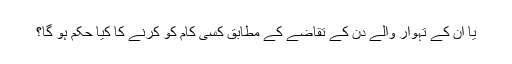
یا ان کے تہوار والے دن کے تقاضے کے مطابق کسی کام کو کرنے کا کیا حکم ہو گا؟